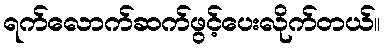
ရက်လောက်ဆက်ဖွင့်ပေးလိုက်တယ်။